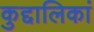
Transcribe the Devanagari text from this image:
कुद्दालिकां